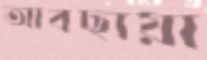
আবছায়া